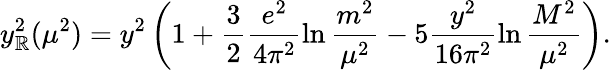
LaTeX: y_{\mathbb{R}}^{2}(\mu^{2})=y^{2}\left(1+\frac{{3}}{{2}}\frac{{e^{2}}}{{4\pi^{2}}}\ln\frac{{m^{2}}}{{\mu^{2}}}-5\frac{{y^{2}}}{{16\pi^{2}}}\ln\frac{{M^{2}}}{{\mu^{2}}}\right).